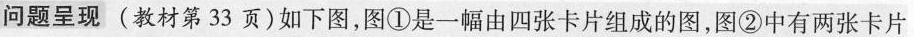
问题呈现 (教材第33页)如下图，图①是一幅由四张卡片组成的图，图②中有两张卡片